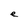
Character: e